Report on the working of the Ranchi Indian Mental Hospital, Kanke, in Bihar and Orissa - 1930-1940
Year: 1930
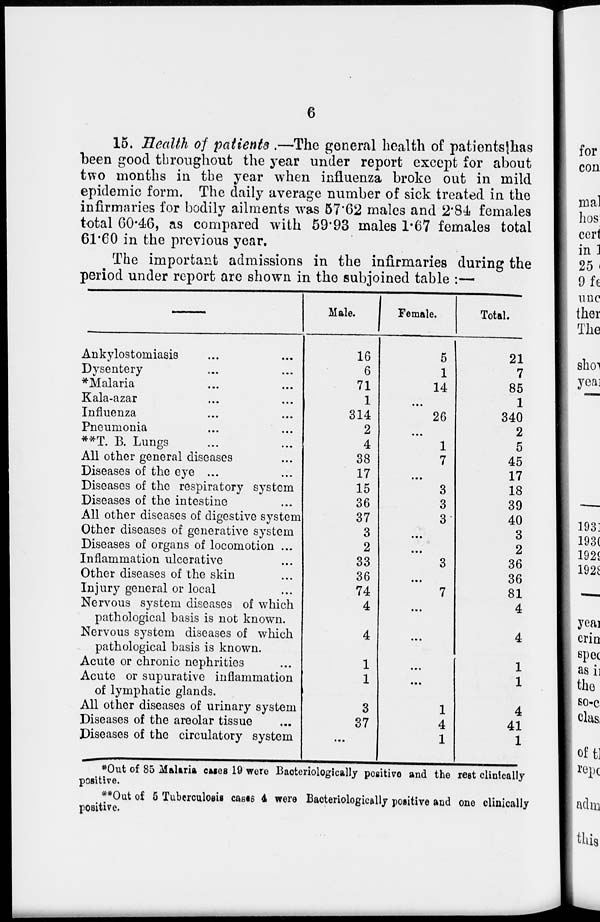
6
15. Health of patients .—The general health of patients has
been good throughout the year under report except for about
two months in the year when influenza broke out in mild
epidemic form. The daily average number of sick treated in the
infirmaries for bodily ailments was 57.62 males and 2.84 females
total 60.46, as compared with 59.93 males 1.67 females total
61.60 in the previous year.
The important admissions in the infirmaries during the
period under report are shown in the subjoined table :—
Ankylostomiasis ... ...
Dysentery ... ...
*Malaria ... ...
Kala-azar ... ...
Influenza ... ...
Pneumonia ... ...
**T. B. Lungs ... ...
All other general diseases ...
Diseases of the eye ... ...
Diseases of the respiratory system
Diseases of the intestine ... ...
All other diseases of digestive system
Other diseases of generative system
Diseases of organs of locomotion ...
Inflammation ulcerative ...
Other diseases of the skin ...
Injury general or local ...
Nervous system diseases of which
pathological basis is not known.
Nervous system diseases of which
pathological basis is known.
Acute or chronic nephrities ...
Acute or supurative inflammation
of lymphatic glands.
All other diseases of urinary system
Diseases of the areolar tissue ...
Diseases of the circulatory system
Male.
16
6
71
1
314
2
4
38
17
15
36
37
3
2
33
36
74
4
4
1
1
3
37
...
Female.
5
1
14
...
26
...
1
7
...
3
3
3
...
...
3
...
7
...
...
...
...
1
4
1
Total.
21
7
85
1
340
2
5
45
17
18
39
40
3
2
36
36
81
4
4
1
1
4
41
1
*Out of 85 Malaria cases 19 were Bacteriologically positive and the rest clinically
positive.
**Out of 5 Tuberculosis cases 4 were Bacteriologically positive and one clinically
positive.